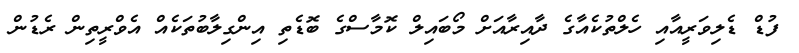
ފުޑް ޑެލިވަރީއާއި ހެލްތުކެއާގެ ދާއިރާއަށް މޯބައިލް ކޮމާސްގެ ބޮޑެތި އިންގިލާބުތަކެއް އެވްރީތިން ރެޑުން